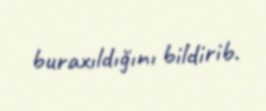
buraxıldığını bildirib.